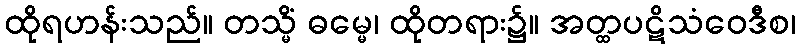
ထိုရဟန်းသည်။ တသ္မိံ ဓမ္မေ၊ ထိုတရား၌။ အတ္ထပဋိသံဝေဒီစ၊